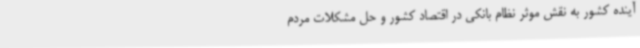
آینده کشور به نقش موثر نظام بانکی در اقتصاد کشور و حل مشکلات مردم